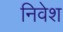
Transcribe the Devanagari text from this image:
निवेश